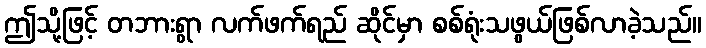
ဤသို့ဖြင့် တဘားရွာ လက်ဖက်ရည် ဆိုင်မှာ စစ်ရုံးသဖွယ်ဖြစ်လာခဲ့သည်။